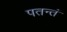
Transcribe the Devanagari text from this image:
पतन्तं